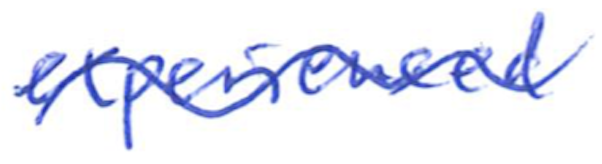
Text: experienced
Cross-out: wave
Writing tool: ballpoint